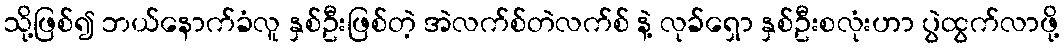
သို့ဖြစ်၍ ဘယ်နောက်ခံလူ နှစ်ဦးဖြစ်တဲ့ အဲလက်စ်တဲလက်စ် နဲ့ လုခ်ရှော နှစ်ဦးစလုံးဟာ ပွဲထွက်လာဖို့